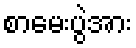
စာမေးပွဲအား